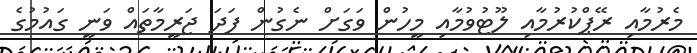
މެރުމާއި ރޭޕްކުރުމާއި ލޫޓުވުމާއި މީހުން ވަގަށް ނެގުން ފަދަ ޖަރީމާތައް ވަނީ ގައުމުގެ